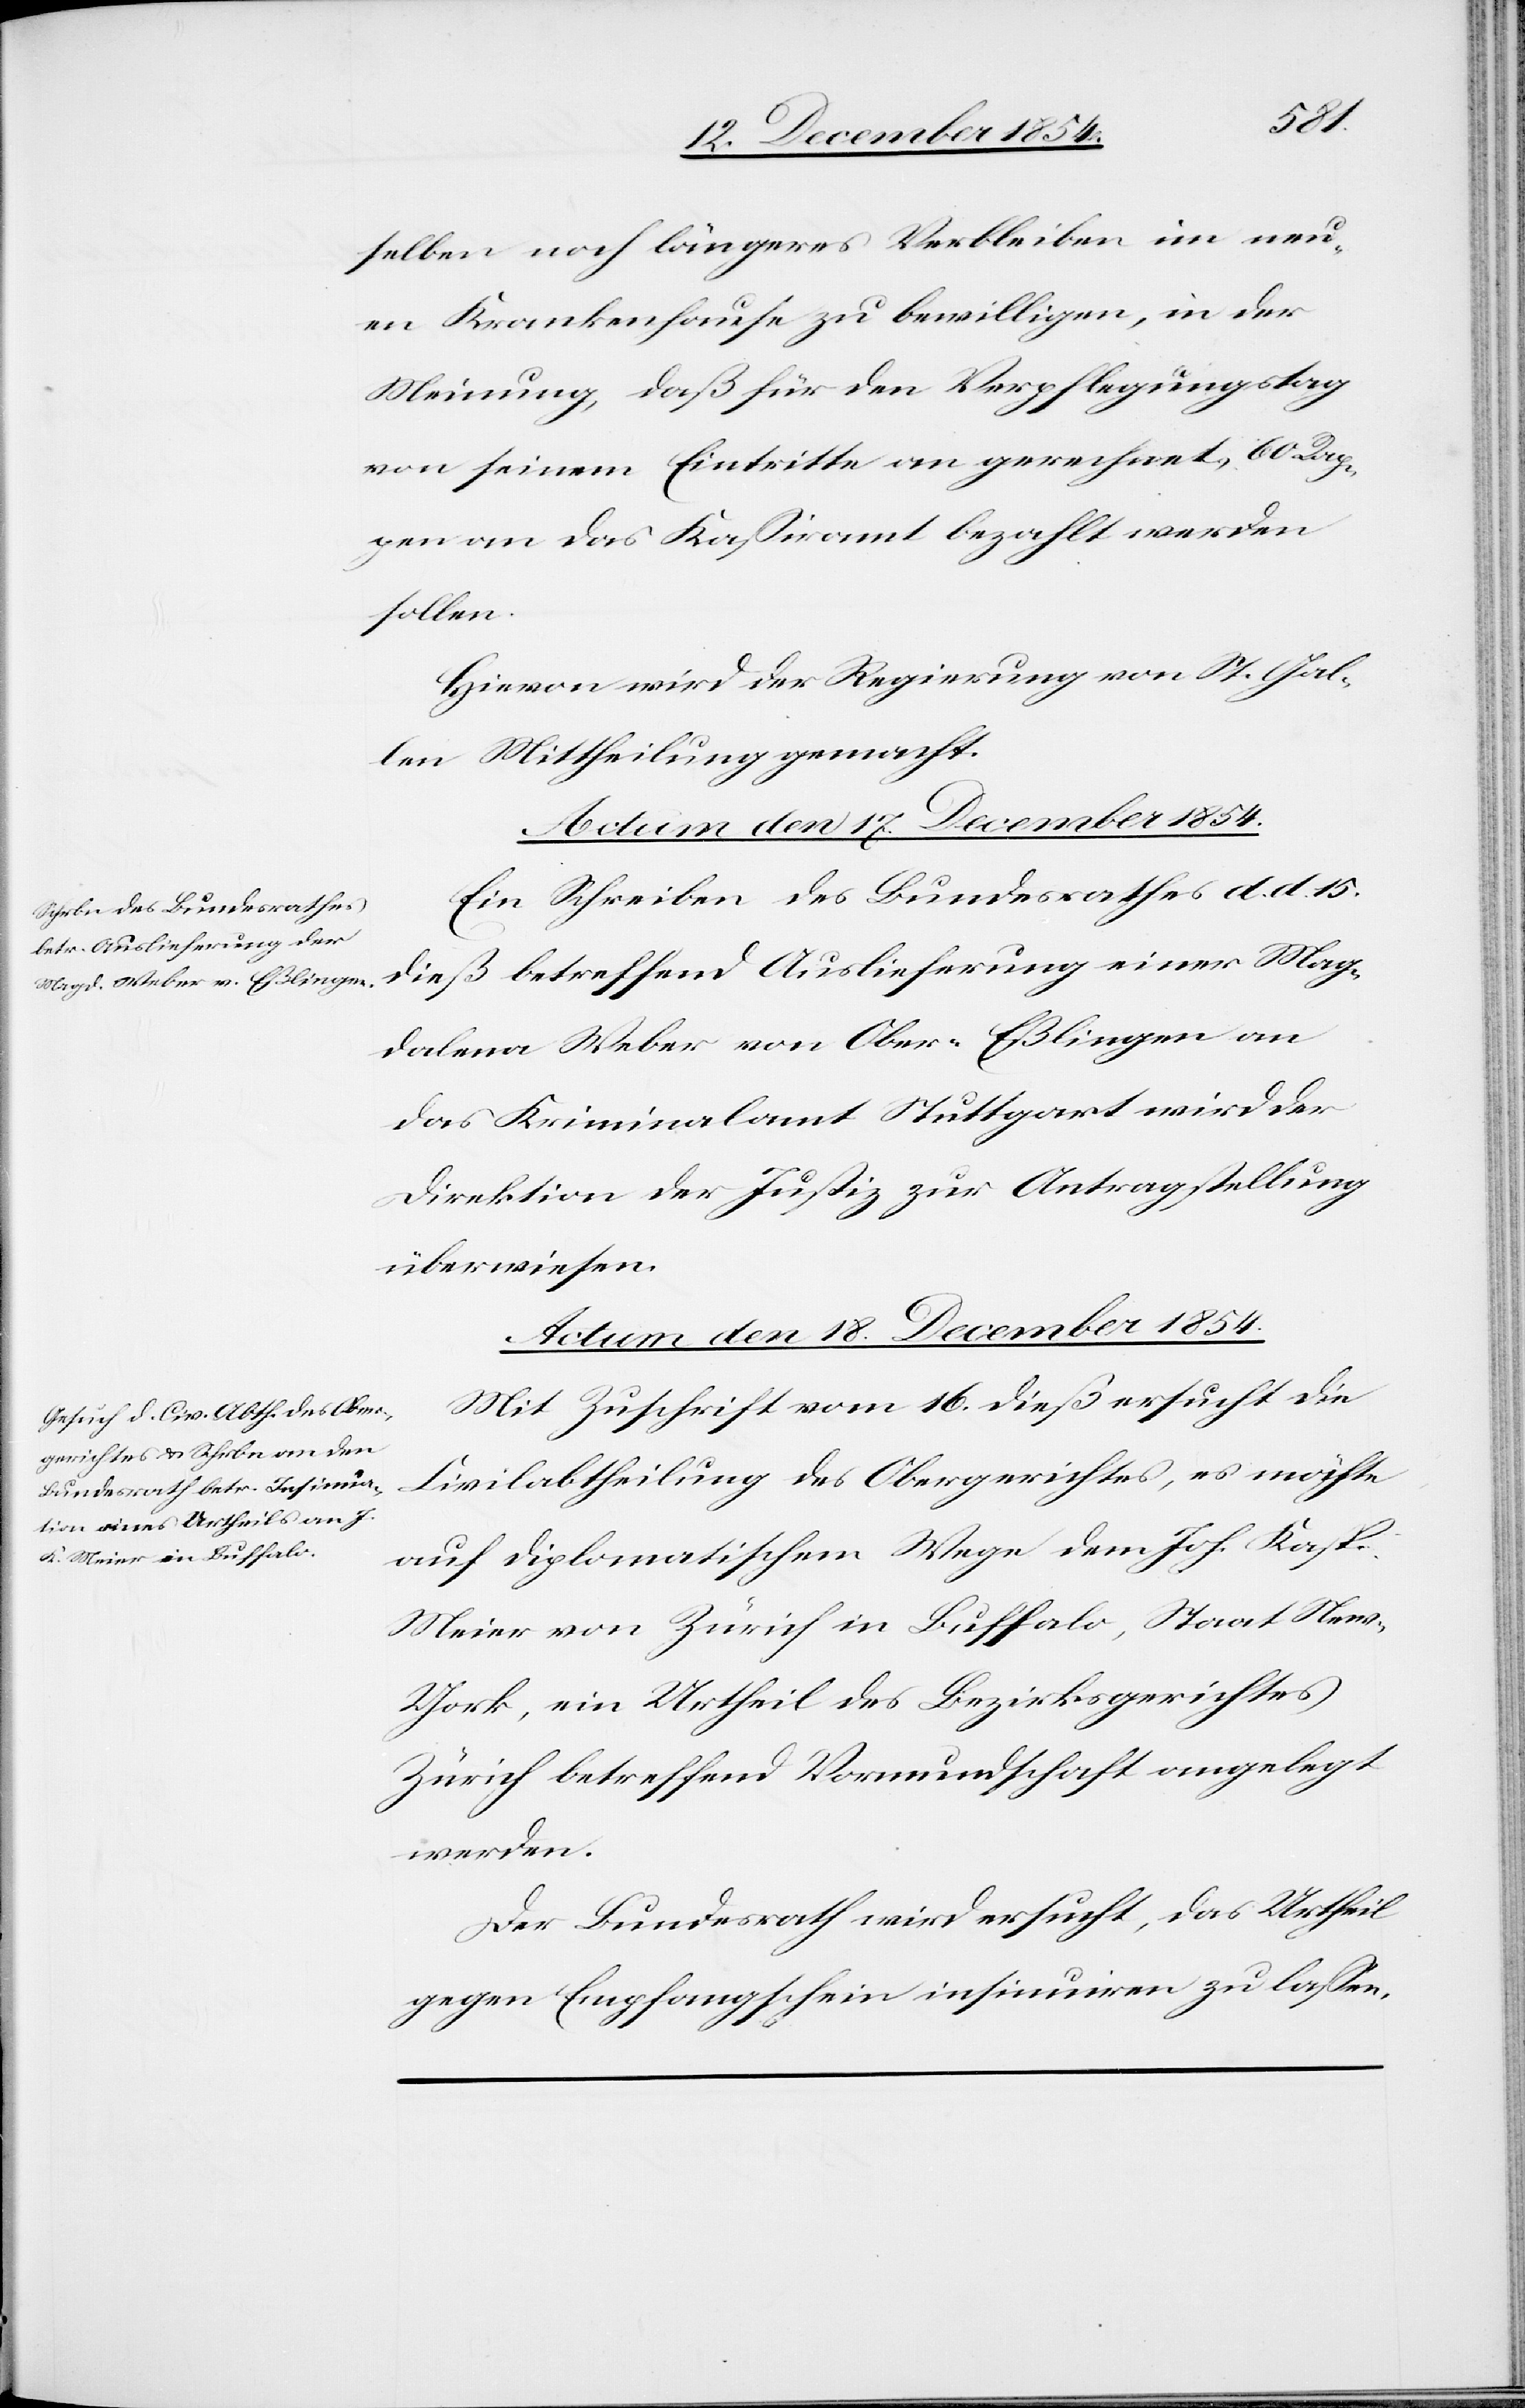
selben noch längeres Verbleiben im neu¬
en Krankenhause zu bewilligen, in der
Meinung, daß für den Verpflegungstag
von seinem Eintritte an gerechnet, 60 Rap¬
pen an das Kaßiramt bezahlt werden
sollen.
Hievon wird der Regierung von St. Gal¬
len Mittheilung gemacht.
Actum den 17. December 1854.
Ein Schreiben des Bundesrathes d. d. 15.
dieß betreffend Auslieferung einer Mag¬
dalena Weber von Ober-Eßlingen an
das Kriminalamt Stuttgart wird der
Direktion der Justiz zur Antragstellung
überwiesen.
Actum den 18. December 1854.
Mit Zuschrift vom 16. dieß ersucht die
Civilabtheilung des Obergerichtes, es möchte
auf diplomatischem Wege dem Joh. Kasp.
Meier von Zürich in Buffalo, Staat Ne¬
w-York, ein Urtheil des Bezirksgerichtes
Zürich betreffend Vormundschaft angelegt
werden.
Der Bundesrath wird ersucht, das Urtheil
gegen Empfangschein insinuiren zu laßen.